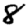
Digit: 8